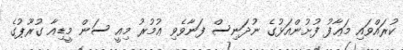
ކުރައްވައި މަޢާފު ފުށުންއަޅުގެ ނުދަނިސް ފަނާވެވި ޢުމުރު މިއީ ސަން މީޑިއާ ގުރޫޕުގެ